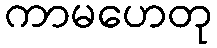
ကာမဟေတု